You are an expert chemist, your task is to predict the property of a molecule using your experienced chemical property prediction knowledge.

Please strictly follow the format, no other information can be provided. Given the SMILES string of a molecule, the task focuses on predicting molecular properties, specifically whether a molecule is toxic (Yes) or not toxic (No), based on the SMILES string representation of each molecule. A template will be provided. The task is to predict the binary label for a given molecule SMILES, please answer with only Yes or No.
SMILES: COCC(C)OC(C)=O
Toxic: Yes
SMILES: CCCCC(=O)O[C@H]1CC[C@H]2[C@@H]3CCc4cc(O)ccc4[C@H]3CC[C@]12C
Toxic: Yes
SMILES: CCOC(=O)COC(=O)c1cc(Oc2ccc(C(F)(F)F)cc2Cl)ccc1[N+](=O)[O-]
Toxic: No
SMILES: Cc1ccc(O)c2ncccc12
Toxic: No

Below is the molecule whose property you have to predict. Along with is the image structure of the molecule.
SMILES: COc1cc(S(C)=O)ccc1-c1nc2ncccc2[nH]1
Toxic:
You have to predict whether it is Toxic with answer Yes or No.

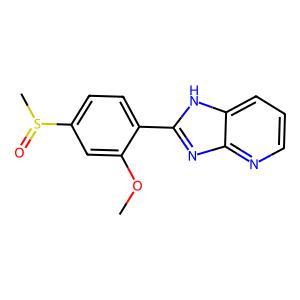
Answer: No